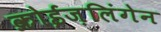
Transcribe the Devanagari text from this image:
क्रोईज़लिंगेन